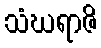
သံဃရာဇိ